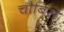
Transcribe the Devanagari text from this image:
चौबिसे